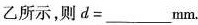
乙所示，则d=___mm。